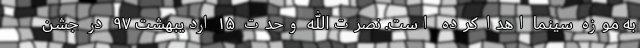
به موزه سینما اهدا کرده است. نصرت‌الله وحدت ۱۵ اردیبهشت ۹۷ در جشن